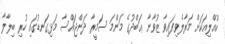
ކުއްލިއަކަށް މަރާލެވިފައިވާ ޒުވާނާ ޢަބްދުގެ މަންމަ ސަމީރާ ދަންޖައްސާ މަޅިގަނޑުގައި ހުރި ބިލާލާ